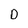
Character: D